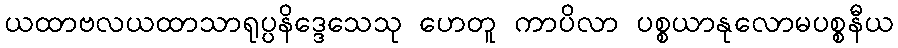
ယထာဗလယထာသာရုပ္ပနိဒ္ဒေသေသု ဟေတူ ကာပိလာ ပစ္စယာနုလောမပစ္စနီယ